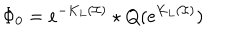
\Phi _ { 0 } = e ^ { - K _ { L } ( \mathcal { I } ) } \star Q ( e ^ { K _ { L } ( \mathcal { I } ) } )